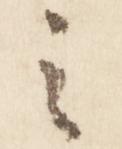
之